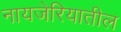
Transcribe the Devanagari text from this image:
नायजेरियातील